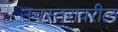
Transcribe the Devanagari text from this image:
उच्चस्तरावरील